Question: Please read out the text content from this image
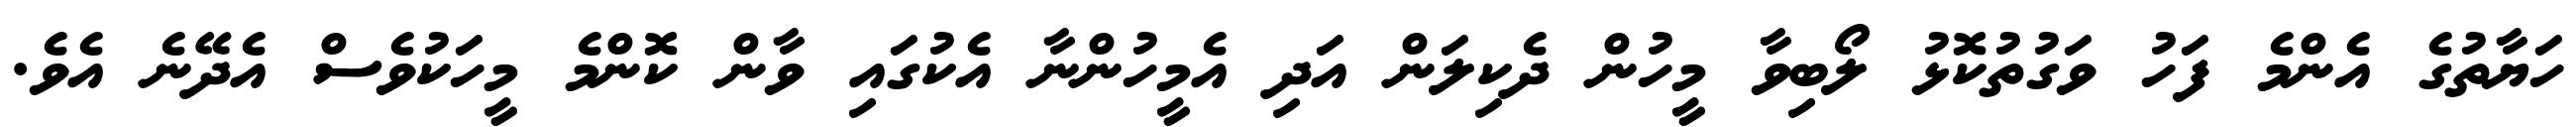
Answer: ހަޔާތުގެ އެންމެ ފަހު ވަގުތުކޮޅު ލޯބިވާ މީހުން ދެކިލަން އަދި އެމީހުންނާ އެކުގައި ވާން ކޮންމެ މީހަކުވެސް އެދޭނެ އެވެ.